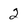
Character: 2